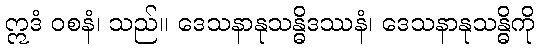
ဣဒံ ဝစနံ၊ သည်။ ဒေသနာနုသန္ဓိဒဿနံ၊ ဒေသနာနုသန္ဓိကို